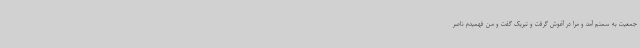
جمعیت به سمتم آمد و مرا در آغوش گرفت و تبریک گفت و من فهمیدم ناصر